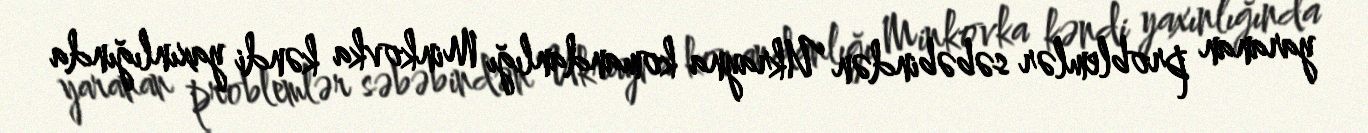
yaranan problemlər səbəbindən Ukrayna komandanlığı Minkovka kəndi yaxınlığında